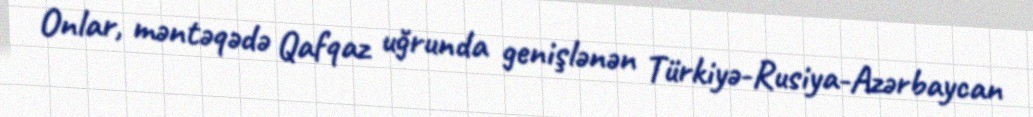
Onlar, məntəqədə Qafqaz uğrunda genişlənən Türkiyə-Rusiya-Azərbaycan